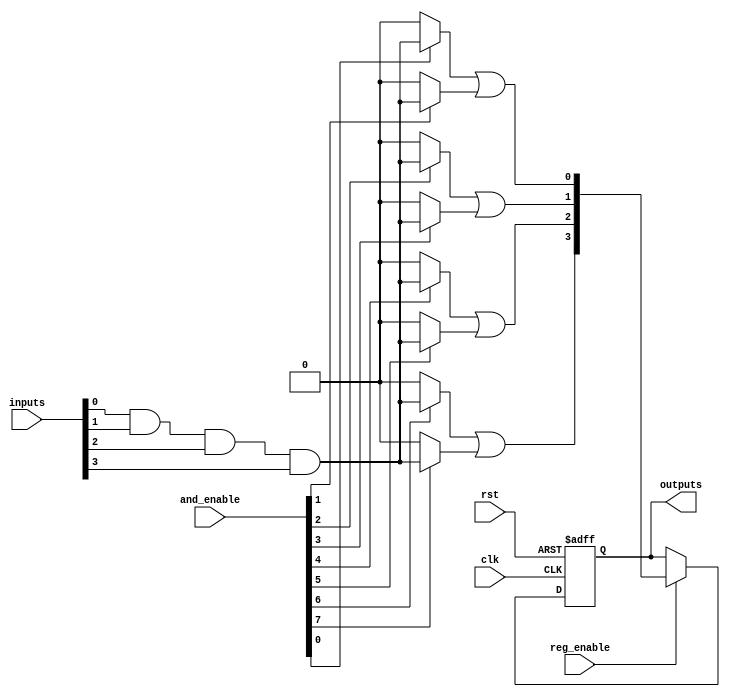
module RPAL #(
    parameter NUM_INPUTS = 8,          // Number of input signals
    parameter NUM_AND_TERMS = 8,       // Number of AND terms in the programmable array
    parameter NUM_OR_OUTPUTS = 4        // Number of outputs from the OR array
)(
    input wire clk,                     // Clock signal
    input wire rst,                     // Reset signal
    input wire [NUM_INPUTS-1:0] inputs, // Input signals
    input wire [NUM_AND_TERMS-1:0] and_enable, // Control signals for each AND gate
    input wire reg_enable,              // Control signal to enable/disable registers
    output reg [NUM_OR_OUTPUTS-1:0] outputs // Registered outputs
);

// Intermediate signals for AND gates
wire [NUM_AND_TERMS-1:0] and_outputs;

// Programmable AND Array
genvar i, j;
generate
    for (i = 0; i < NUM_AND_TERMS; i = i + 1) begin : and_array
        assign and_outputs[i] = and_enable[i] ? (inputs[0] & inputs[1] & inputs[2] & inputs[3]) : 1'b0; // Example, can be programmed
    end
endgenerate

// Fixed OR Array
wire [NUM_OR_OUTPUTS-1:0] or_outputs;
assign or_outputs[0] = and_outputs[0] | and_outputs[1];
assign or_outputs[1] = and_outputs[2] | and_outputs[3];
assign or_outputs[2] = and_outputs[4] | and_outputs[5];
assign or_outputs[3] = and_outputs[6] | and_outputs[7];

// Synchronous registered outputs
always @(posedge clk or posedge rst) begin
    if (rst) begin
        outputs <= 0; // Reset outputs
    end else if (reg_enable) begin
        outputs <= or_outputs; // Capture OR outputs
    end
end

endmodule